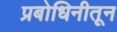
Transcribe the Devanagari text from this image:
प्रबोधिनीतून